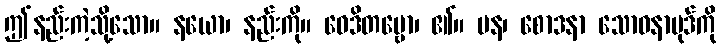
ဤနည်းကဲ့သို့သော။ နယော၊ နည်းကို။ ဝေဒိတဗ္ဗော၊ ၏။ ပန၊ စောဒနာ သောဓနာပုဒ်ကို